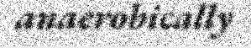
anaerobically